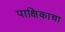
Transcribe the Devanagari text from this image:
पाक्षिकाचा